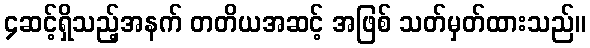
၄ဆင့်ရှိသည့်အနက် တတိယအဆင့် အဖြစ် သတ်မှတ်ထားသည်။